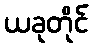
ယခုတိုင်